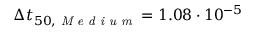
\Delta t _ { 5 0 , \textit { M e d i u m } } = 1 . 0 8 \cdot 1 0 ^ { - 5 }